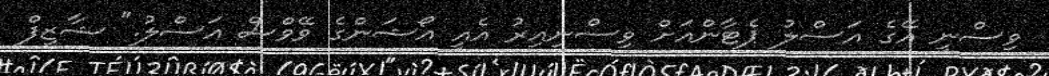
ވިސްނީ އޭގެ އަސްލު ޕެޓާންއަށް ވިސްނިއިރު އެއީ އޯޝަންގެ ވޭވްސް އަސްލު." ޝާޒިފް